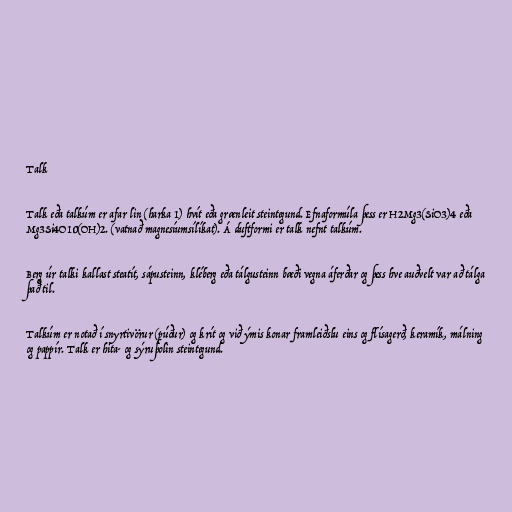
Talk

Talk eða talkúm er afar lin (harka 1) hvít eða grænleit steintegund. Efnaformúla þess er H2Mg3(SiO3)4 eða
Mg3Si4O10(OH)2. (vatnað magnesíumsílíkat). Á duftformi er talk nefnt talkúm.

Berg úr talki kallast steatít, sápusteinn, kléberg eða tálgusteinn bæði vegna áferðar og þess hve auðvelt var að tálga
það til.

Talkúm er notað í snyrtivörur (púður) og krít og við ýmis konar framleiðslu eins og flísagerð, keramík, málning
og pappír. Talk er hita- og sýruþolin steintegund.